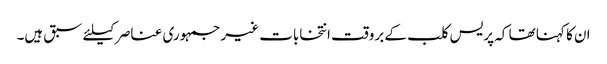
ان کا کہنا تھا کہ پریس کلب کے بروقت انتخابات غیر جمہوری عناصر کیلئے سبق ہیں۔